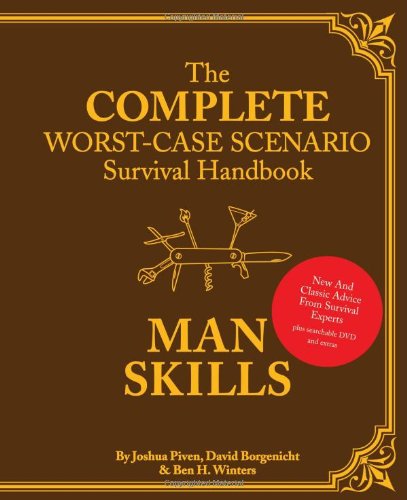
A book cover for Complete Worst-Case Scenario Survival Handbook: Man Skills; Joshua Piven; Reference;